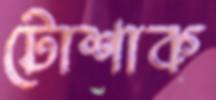
টোশাক